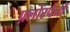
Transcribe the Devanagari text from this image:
फ़्लोरपैनों